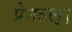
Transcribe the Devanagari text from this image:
प्रेनतल्।